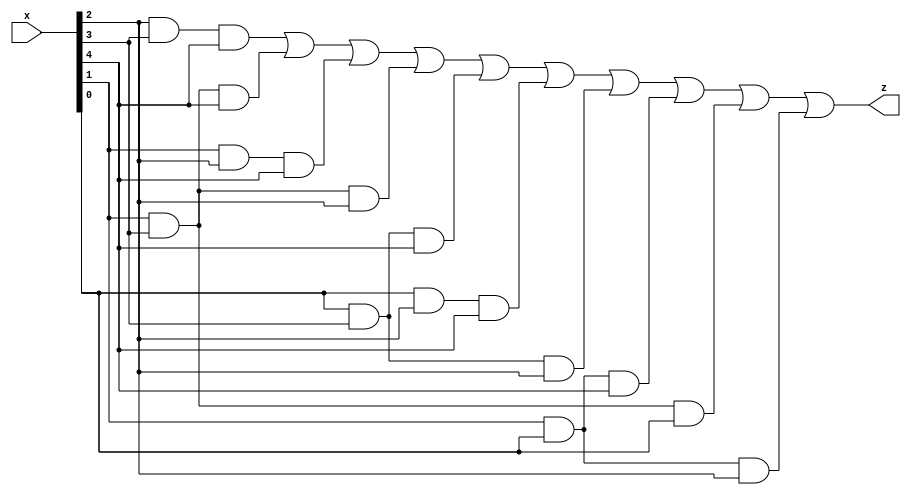
`timescale 1ns / 1ps
// 5 Input Majority Circuit
//produces an output that represents the majority of inputs.


module majority_circuit(input [5:1] x, output z);
  wire [9:0] w; // 10-bit Wire

  // Bu kapilar  ve girisler Truth Table'a gore yapilmistir
  and and1(w[0], x[3], x[4], x[5]); 
  and and2(w[1], x[2], x[4], x[5]); 
  and and3(w[2], x[2], x[3], x[5]); 
  and and4(w[3], x[2], x[4], x[3]); 
  and and5(w[4], x[1], x[4], x[5]); 
  and and6(w[5], x[1], x[3], x[5]); 
  and and7(w[6], x[1], x[4], x[3]); 
  and and8(w[7], x[2], x[1], x[5]);
  and and9(w[8], x[2], x[4], x[1]);
  and and10(w[9], x[2], x[1], x[3]);

  // Ardndan, bu 10 ara sinyalin ounluunu hesaplayan bir OR kaps kullanlr.
  // Eer bu 10 sinyalin 5 veya daha fazlas '1' ise, k z '1' olur.
  or or1(z, w[0], w[1], w[2], w[3], w[4], w[5], w[6], w[7], w[8], w[9]);
endmodule